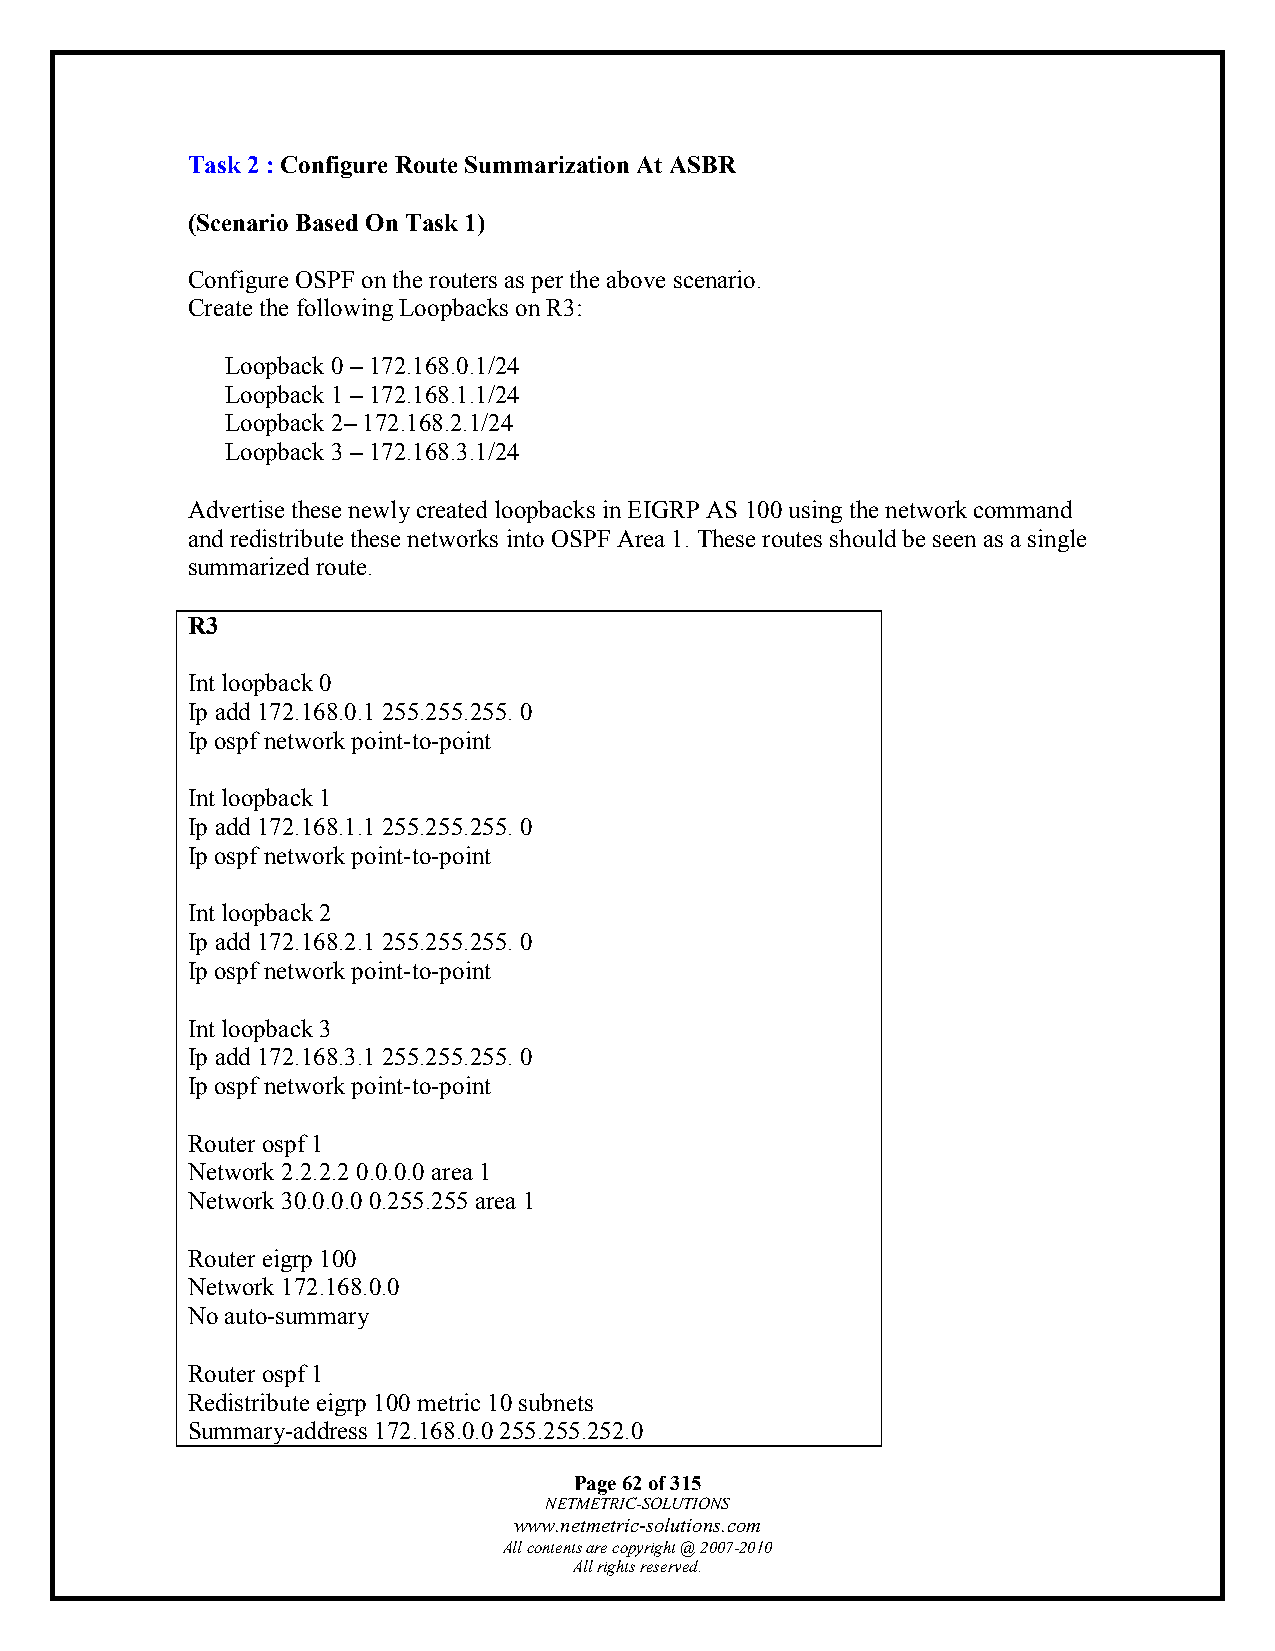
Task 2 : Configure Route Summarization At ASBR
 (Scenario Based On Task 1)
 Configure OSPF on the routers as per the above scenario.
 Create the following Loopbacks on R3:
 Loopback 0 – 172.168.0.1/24
 Loopback 1 – 172.168.1.1/24
 Loopback 2– 172.168.2.1/24
 Loopback 3 – 172.168.3.1/24
 Advertise these newly created loopbacks in EIGRP AS 100 using the network command
 and redistribute these networks into OSPF Area 1. These routes should be seen as a single
 summarized route.
 R3
 Int loopback 0
 Ip add 172.168.0.1 255.255.255. 0
 Ip ospf network point-to-point
 Int loopback 1
 Ip add 172.168.1.1 255.255.255. 0
 Ip ospf network point-to-point
 Int loopback 2
 Ip add 172.168.2.1 255.255.255. 0
 Ip ospf network point-to-point
 Int loopback 3
 Ip add 172.168.3.1 255.255.255. 0
 Ip ospf network point-to-point
 Router ospf 1
 Network 2.2.2.2 0.0.0.0 area 1
 Network 30.0.0.0 0.255.255 area 1
 Router eigrp 100
 Network 172.168.0.0
 No auto-summary
 Router ospf 1
 Redistribute eigrp 100 metric 10 subnets
 Summary-address 172.168.0.0 255.255.252.0
 Page 62 of 315
 NETMETRIC-SOLUTIONS
 www.netmetric-solutions.com
 All contents are copyright @ 2007-2010
 All rights reserved.